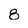
Character: 8